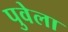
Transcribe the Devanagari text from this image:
पुवेला